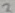
Text: 2